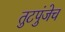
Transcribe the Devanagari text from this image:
तुटपुंजेच